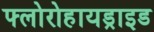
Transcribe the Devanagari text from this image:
फ्लोरोहायड्राइड